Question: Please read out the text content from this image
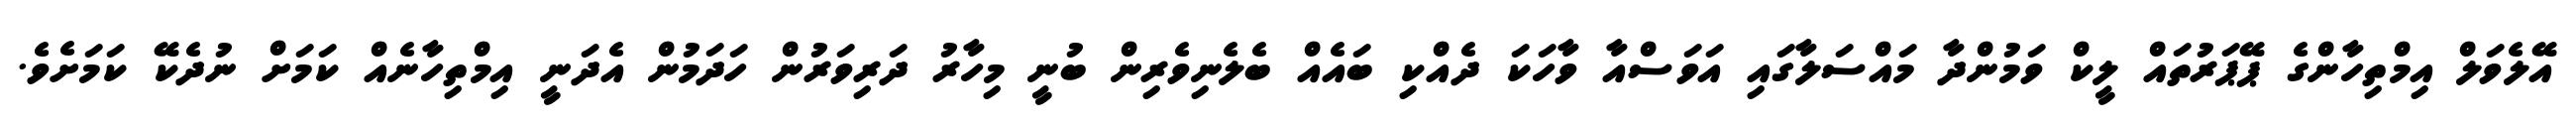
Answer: އޭލެވަލް އިމްތިހާންގެ ޕޭޕަރުތައް ލީކް ވަމުންދާ މައްސަލާގައި އަވަސްއާ ވާހަކަ ދެއްކި ބައެއް ބެލެނިވެރިން ބުނީ މިހާރު ދަރިވަރުން ހަދަމުން އެދަނީ އިމްތިހާނެއް ކަމަށް ނުދެކޭ ކަމަށެވެ.